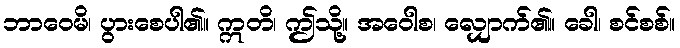
ဘာဝေမိ၊ ပွားစေပါ၏။ ဣတိ၊ ဤသို့။ အဝေါစ၊ လျှောက်၏။ ခေါ၊ စင်စစ်။